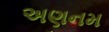
અણનમ